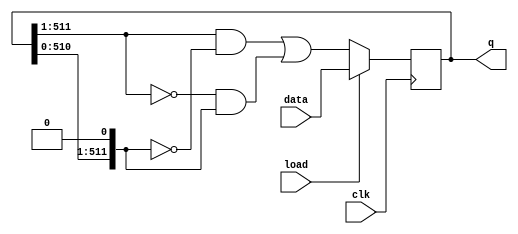
module top_module(
    input clk,
    input load,
    input [511:0] data,
    output reg [511:0] q ); 

  wire [$bits(q)-1:0] left, center, right;

  assign left = {1'h0, q[$bits(data)-1:1]};
  assign center = q;
  assign right = {q[$bits(data)-2:0], 1'h0};

	always @(posedge clk) begin
		if (load) begin
			q <= data;
		end
		else begin
            q <= ( left&(~right) ) | ( ~left & right );
		end
	end
    
endmodule